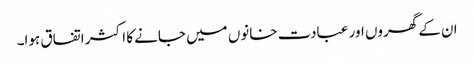
ان کے گھروں اور عبادت خانوں میں جانے کا اکثر اتفاق ہوا۔